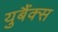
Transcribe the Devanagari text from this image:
युबैंक्स